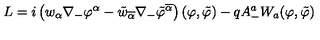
L = i \left( w _ { \alpha } \nabla _ { - } \varphi ^ { \alpha } - \tilde { w } _ { \overline { { \alpha } } } \nabla _ { - } \tilde { \varphi } ^ { \overline { { \alpha } } } \right) ( \varphi , \tilde { \varphi } ) - q A _ { - } ^ { a } { W } _ { a } ( \varphi , \tilde { \varphi } )